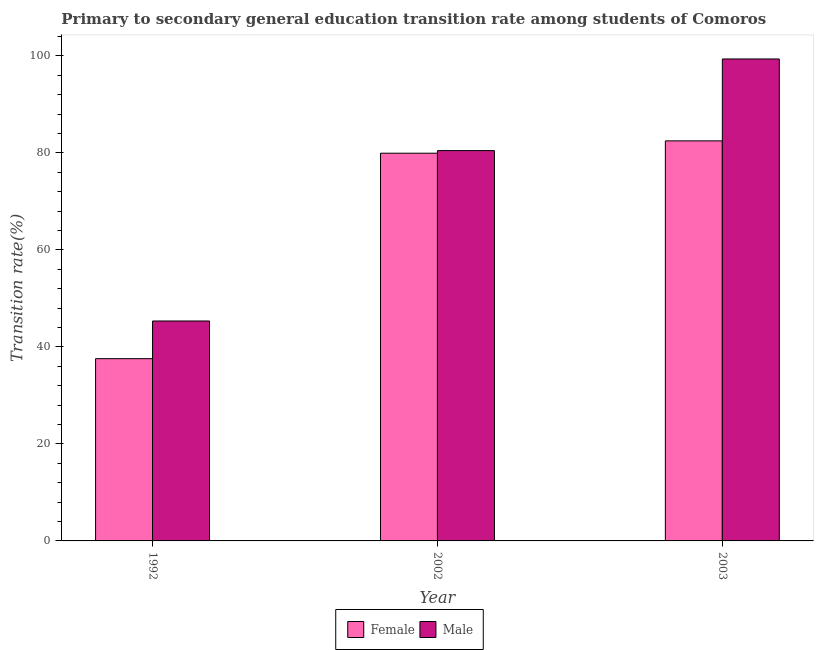
| Year | Female | Male |
 | --- | --- | --- |
 | 1992 | 37.6 | 45.3 |
 | 2002 | 79.9 | 80.5 |
 | 2003 | 82.5 | 99.4 |